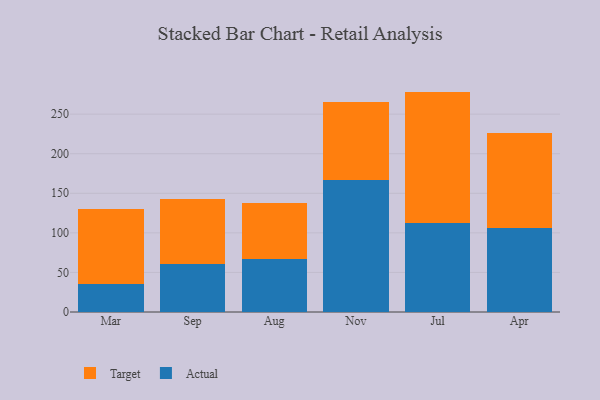
{"axis": {"x": "Month", "y": "Headcount"}, "legend": ["Actual", "Target"], "data": [{"x": "Mar", "y": 35.9, "type": "Actual"}, {"x": "Mar", "y": 94.7, "type": "Target"}, {"x": "Sep", "y": 60.9, "type": "Actual"}, {"x": "Sep", "y": 81.6, "type": "Target"}, {"x": "Aug", "y": 67.1, "type": "Actual"}, {"x": "Aug", "y": 70.7, "type": "Target"}, {"x": "Nov", "y": 167.0, "type": "Actual"}, {"x": "Nov", "y": 97.9, "type": "Target"}, {"x": "Jul", "y": 112.3, "type": "Actual"}, {"x": "Jul", "y": 166.2, "type": "Target"}, {"x": "Apr", "y": 105.7, "type": "Actual"}, {"x": "Apr", "y": 121.0, "type": "Target"}]}